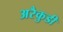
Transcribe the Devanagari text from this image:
अरैकुडी